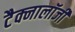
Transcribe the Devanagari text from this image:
टैक्नालॉजी